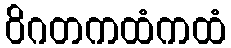
ဝိဂတကထံကထံ